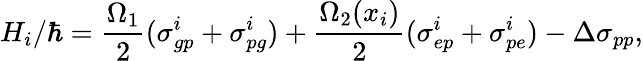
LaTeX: {H}_{i}/\hbar=\frac{\Omega_{1}}{2}({\sigma}_{gp}^{i}+{\sigma}_{pg}^{i})+\frac{\Omega_{2}(x_{i})}{2}({\sigma}_{ep}^{i}+{\sigma}_{pe}^{i})-\Delta{\sigma}_{pp},